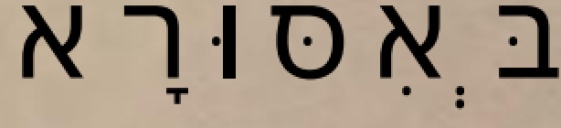
בְּאִסּוּרָא